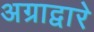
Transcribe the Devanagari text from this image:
अग्राद्वारे